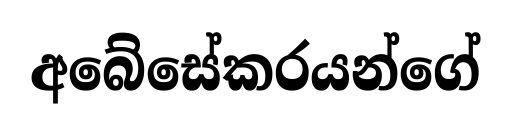
අබේසේකරයන්ගේ